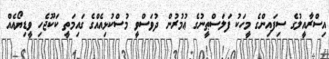
އިސްރާއީލުގެ ސިފައިންގެ މީހަކު ފަލަސްޠީނުގެ ޢުމުރުން ދުވަސްވީ މުސްކުޅިއެއްގެ ގައިމަތީ ކަކޫޖެހި ވީޑިޔޯއެއް